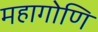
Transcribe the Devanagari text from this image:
महागोणि